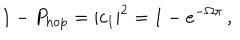
LaTeX: 1 - P _ { \mathrm { h o p } } = | c _ { 1 } | ^ { 2 } = 1 - e ^ { - \Omega \pi } \, ,